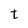
Character: t